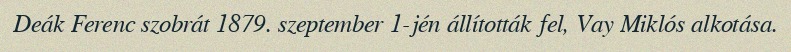
Deák Ferenc szobrát 1879. szeptember 1-jén állították fel, Vay Miklós alkotása.